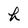
Character: h